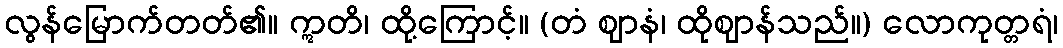
လွန်မြောက်တတ်၏။ ဣတိ၊ ထို့ကြောင့်။ (တံ ဈာနံ၊ ထိုဈာန်သည်။) လောကုတ္တရံ၊